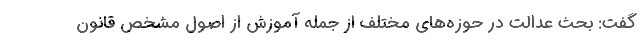
گفت: بحث عدالت در حوزه‌های مختلف از جمله آموزش از اصول مشخص قانون